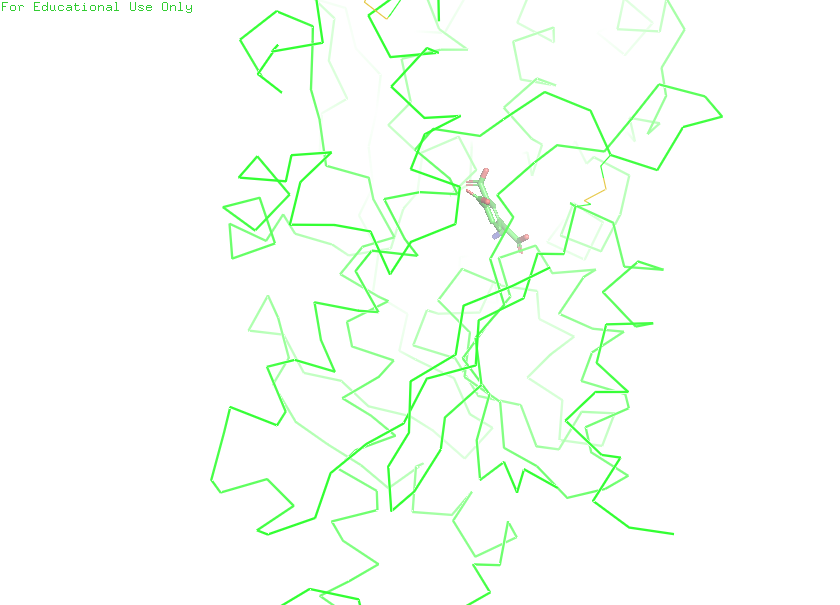
pymol, preset, simple_no_solv